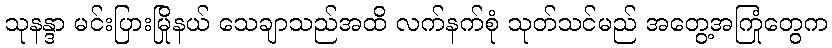
သုနန္ဒာ မင်းပြားမြိုနယ် သေချာသည်အထိ လက်နက်စုံ သုတ်သင်မည် အတွေ့အကြုံတွေက